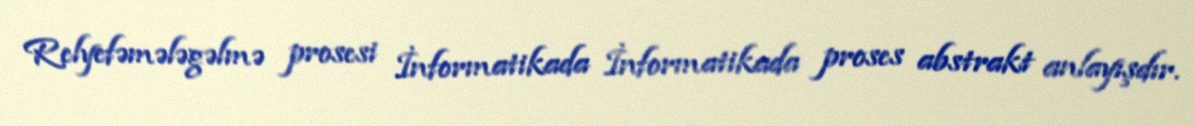
Relyefəmələgəlmə prosesi İnformatikada İnformatikada proses abstrakt anlayışdır.